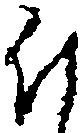
謹